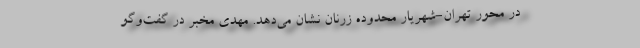
در محور تهران-شهریار محدوده زرنان نشان می‌دهد. مهدی مخبر در‌ گفت‌وگو